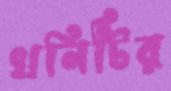
খনিটির